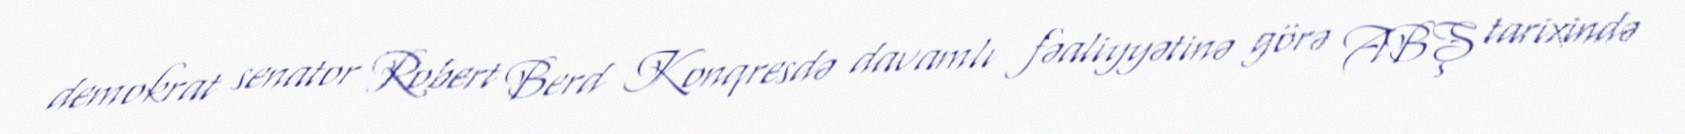
demokrat senator Robert Berd Konqresdə davamlı fəaliyyətinə görə ABŞ tarixində